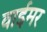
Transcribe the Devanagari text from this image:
वाईमर